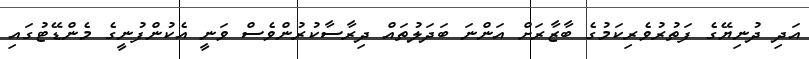
އަދި ދުނިޔޭގެ ފަތުރުވެރިކަމުގެ ބާޒާރަށް އަންނަ ބަދަލުތައް ދިރާސާކުރުންވެސް ވަނީ އެކުންފުނީގެ މެންޑޭޓުގައި